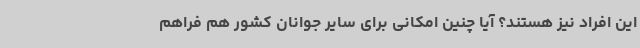
این افراد نیز هستند؟ آیا چنین امکانی برای سایر جوانان کشور هم فراهم